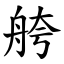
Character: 舿